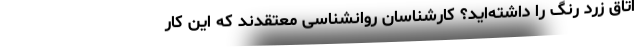
اتاق زرد رنگ را داشته‌اید؟ کارشناسان روانشناسی معتقدند که این کار